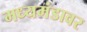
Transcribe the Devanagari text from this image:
मध्यमंडावर